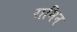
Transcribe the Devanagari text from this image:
रामिन